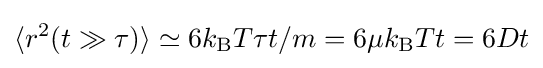
\langle r^{2}(t\gg \tau )\rangle \simeq 6k_{\text{B}}T\tau t/m=6\mu k_{\text{B}}Tt=6Dt